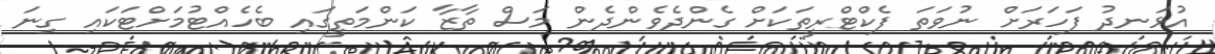
އުޅަނދު ފަހަރަށް ނުވަތަ ފެކްޓްރީތަކަށް ގެންދެވެންދެން މަސް ތާޒާ ކަންމަތީގައި ބެހެއްޓުމަށްޓަކައި ގިނަ